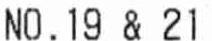
NO.19 & 21